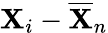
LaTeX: \mathbf{X}_{i}-{\overline{{{\mathbf{X}}}}}_{n}